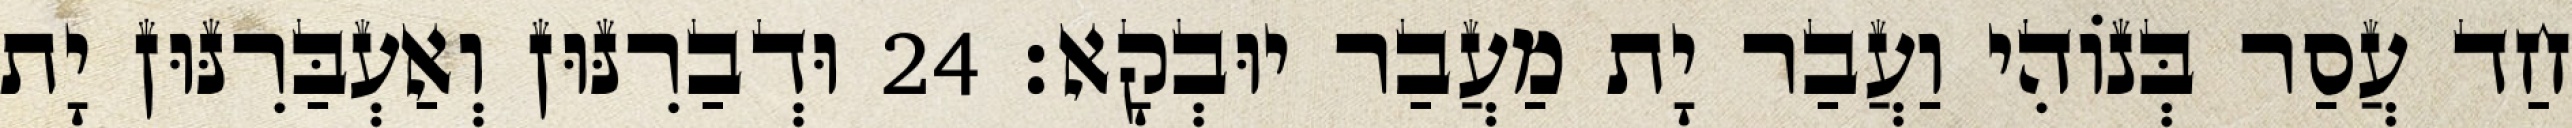
חַד עֲסַר בְּנוֹהִי וַעֲבַר יָת מַעֲבַר יוּבְקָא׃ 24 וּדְבַרִנּוּן וְאַעְבַּרִנּוּן יָת